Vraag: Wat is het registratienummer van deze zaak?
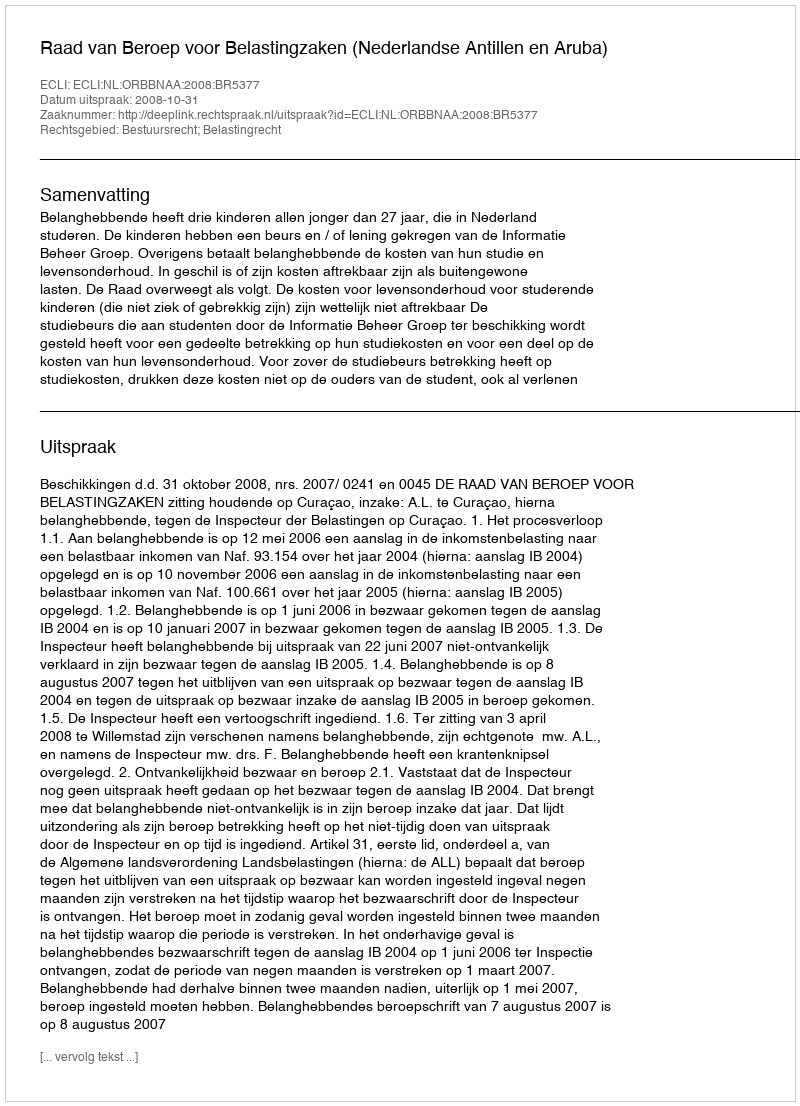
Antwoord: http://deeplink.rechtspraak.nl/uitspraak?id=ECLI:NL:ORBBNAA:2008:BR5377